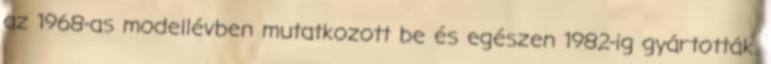
az 1968-as modellévben mutatkozott be és egészen 1982-ig gyártották.